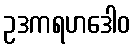
ဥဒကရဟဒေါဝ